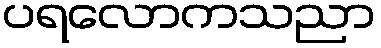
ပရလောကသညာ